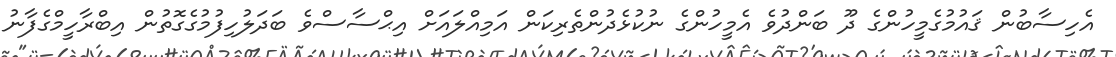
އެހިސާބުން ޤައުމުގެމީހުންގެ ދޫ ބަންދުވެ އެމީހުންގެ ނުކުޅެދުންތެރިކަން އަމިއްލައަށް އިޙްސާސްވެ ބަދަލުހިފުމުގެގޮތުން އިބްރާހީމްގެފާނު